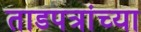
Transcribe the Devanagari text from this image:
ताडपत्रांच्या